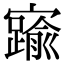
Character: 𡫞